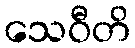
သေဝီတိ